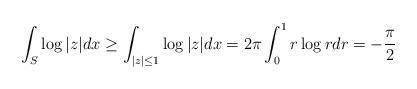
LaTeX: \begin{align*} \int_S \log|z| dx\geq \int_{|z|\leq 1}\log |z|dx=2\pi \int_0^1 r\log r dr = -\frac{\pi}{2}\end{align*}